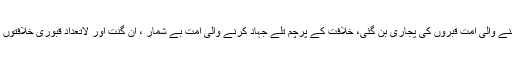
الہٰ واحد کو ماننے والی امت قبروں کی پجاری بن گئی، خلافت کے پرچم تلے جہاد کرنے والی امت بے شمار ، ان گنت اور لاتعداد قبوری خلافتوں کی نذر ہوگئی۔